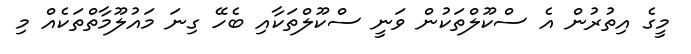
މީގެ އިތުުރުން އެ ސްކޫލްތަކުން ވަނީ ސްކޫލްތަކާއި ބެހޭ ގިނަ މައުލޫމާތްތަކެއް މި